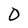
Character: 0